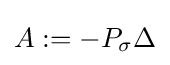
A:=-P_{\sigma }\Delta